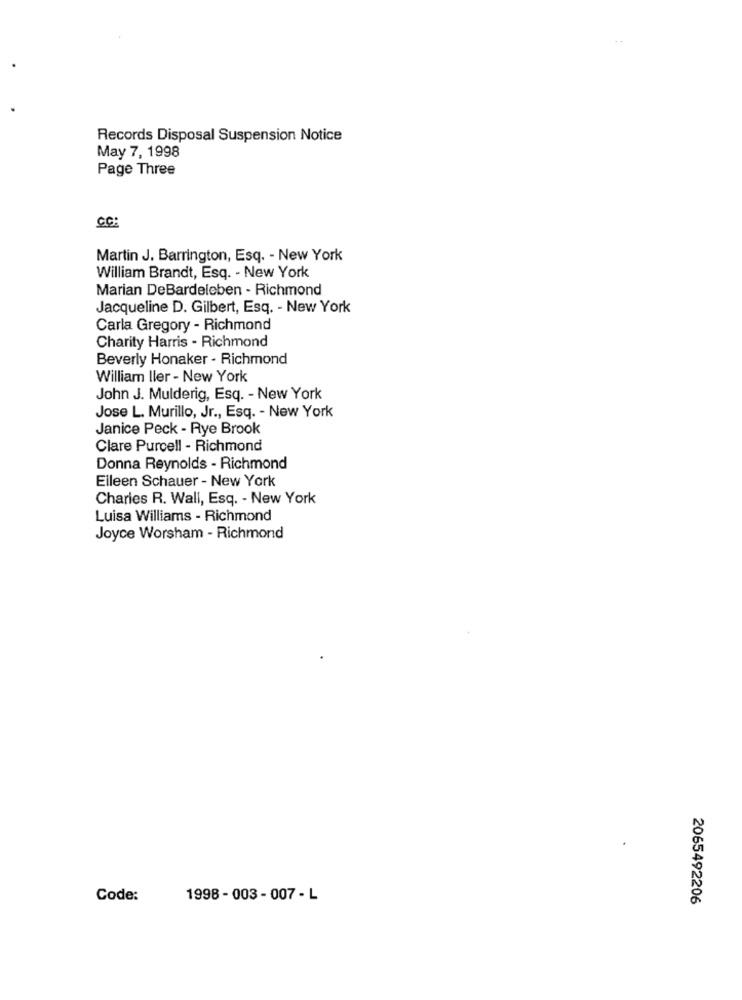
Records Disposal Suspension Notice
May 7, 1998
Page Three
Martin J. Barrington, Esq. - New York
William Brandt, Esq. - New York
Marian DeBardeleben - Richmond
Jacqueline D. Gilbert, Esq. - New York
Carla Gregory - Richmond
Charity Harris - Richmond
Beverly Honaker - Richmond
William Iler - New York
John J. Mulderig, Esq. - New York
Jose L. Murillo, Jr ., Esq. - New York
Janice Peck - Rye Brook
Clare Purcell - Richmond
Donna Reynolds - Richmond
Eileen Schauer - New York
Charles R. Wall, Esq. - New York
Luisa Williams - Richmond
Joyce Worsham - Richmond
Code:
1998 - 003 - 007 - L
2065492206